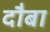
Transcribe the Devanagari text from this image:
दौबा